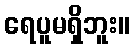
ရေပူမရှိဘူး။